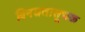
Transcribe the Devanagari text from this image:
विनम्रतासूचक